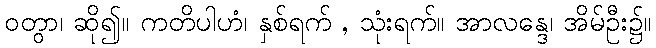
ဝတွာ၊ ဆို၍။ ကတိပါဟံ၊ နှစ်ရက် , သုံးရက်။ အာလန္ဒေ၊ အိမ်ဦး၌။